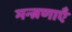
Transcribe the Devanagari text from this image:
मन्त्रणाएँ